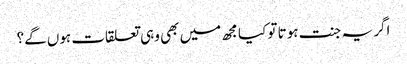
اگر یہ جنت ہوتا تو کیا مجھ میں بھی وہی تعلقات ہوں گے؟